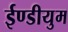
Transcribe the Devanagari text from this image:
ईण्डीयुम